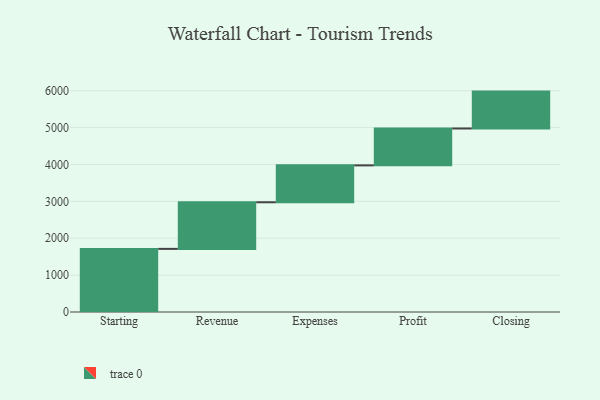
{"axis": {"x": "Step", "y": "Value"}, "legend": [""], "data": [{"x": "Starting", "y": 1711.0, "type": ""}, {"x": "Revenue", "y": 1264.0, "type": ""}, {"x": "Expenses", "y": 1000, "type": ""}, {"x": "Profit", "y": 1000, "type": ""}, {"x": "Closing", "y": 1000, "type": ""}]}